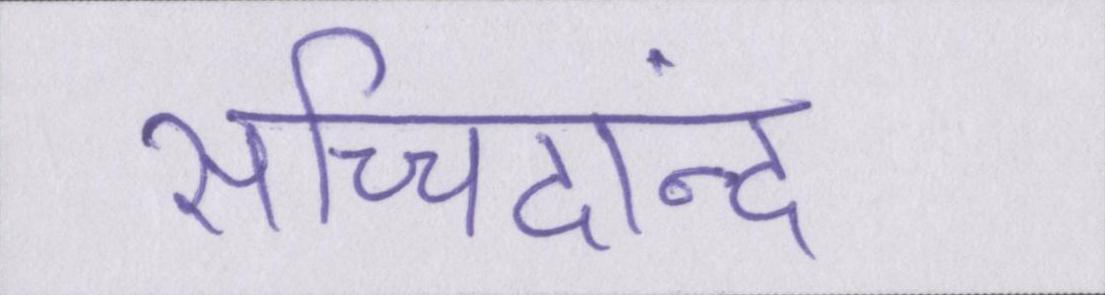
सच्चिदानंद